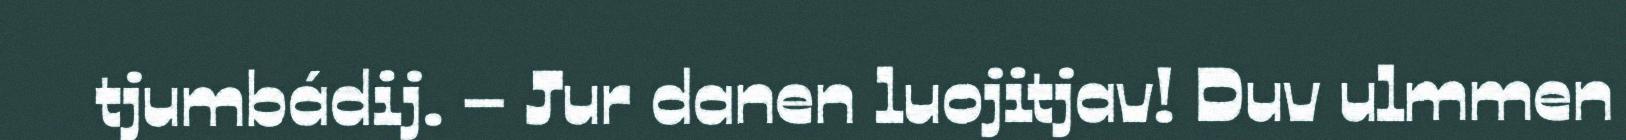
tjumbádij. – Jur danen luojitjav! Duv ulmmen